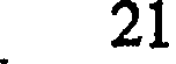
21